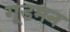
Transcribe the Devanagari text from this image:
गूडमन